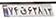
۷۶ق۶۳۸۱۳